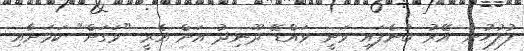
ފުލުހުން އޭރު ބުނެފައި ވަނީ ވައްޑޭ ދޫނިދު އަށް އެރީ "ވަގަށް" ކަމަށާއި